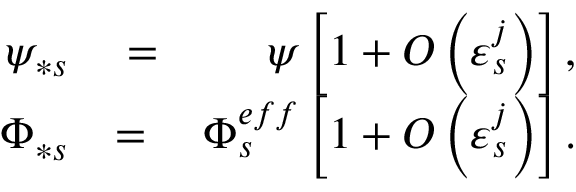
\begin{array} { r l r } { \psi _ { \ast s } } & { { } = } & { \psi \left[ 1 + O \left( \varepsilon _ { s } ^ { j } \right) \right] , } \\ { \Phi _ { \ast s } } & { { } \mathbf { = } } & { \Phi _ { s } ^ { e f f } \left[ 1 + O \left( \varepsilon _ { s } ^ { j } \right) \right] . } \end{array}